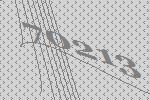
70213